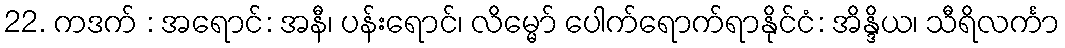
22. ကဒက် : အရောင်: အနီ၊ ပန်းရောင်၊ လိမ္မော် ပေါက်ရောက်ရာနိုင်ငံ: အိန္ဒိယ၊ သီရိလင်္ကာ